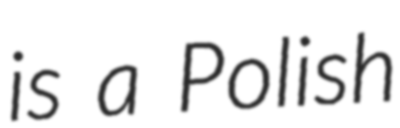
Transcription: is a Polish